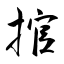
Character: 捾